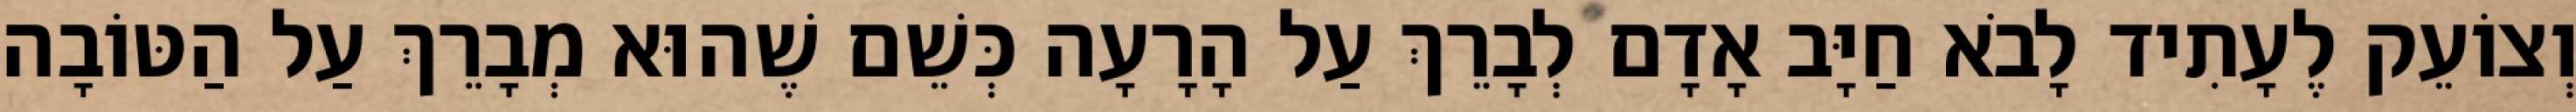
וְצוֹעֵק לֶעָתִיד לָבֹא חַיָּב אָדָם לְבָרֵךְ עַל הָרָעָה כְּשֵׁם שֶׁהוּא מְבָרֵךְ עַל הַטּוֹבָה